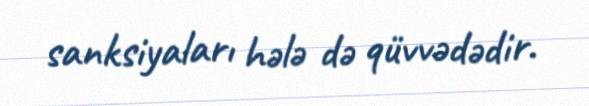
sanksiyaları hələ də qüvvədədir.